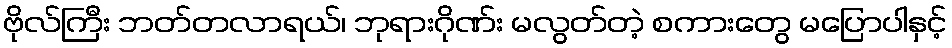
ဗိုလ်ကြီး ဘတ်တလာရယ်၊ ဘုရားဂိုဏ်း မလွတ်တဲ့ စကားတွေ မပြောပါနှင့်